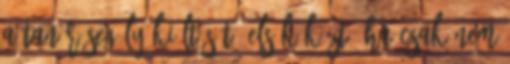
a tanár segély kiáltását. Elsők közt, ha csak nem